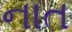
નાત